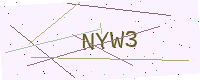
Text: NYW3